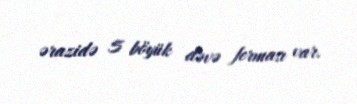
ərazidə 5 böyük dəvə ferması var.